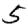
Digit: 5